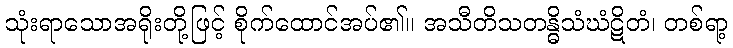
သုံးရာသောအရိုးတို့ဖြင့် စိုက်ထောင်အပ်၏။ အသီတိသတန္ဓိသံဃံဋိတံ၊ တစ်ရာ့